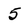
Character: 5